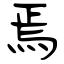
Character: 焉